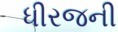
ધીરજની